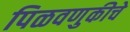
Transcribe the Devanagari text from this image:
पिळवणुकीचे